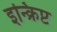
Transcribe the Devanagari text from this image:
इन्क्रिप्ट